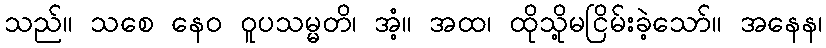
သည်။ သစေ နေဝ ဝူပသမ္မတိ၊ အံ့။ အထ၊ ထိုသို့မငြိမ်းခဲ့သော်။ အနေန၊